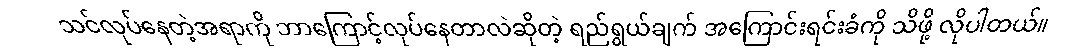
သင်လုပ်နေတဲ့အရာကို ဘာကြောင့်လုပ်နေတာလဲဆိုတဲ့ ရည်ရွယ်ချက် အကြောင်းရင်းခံကို သိဖို့ လိုပါတယ်။